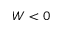
W < 0